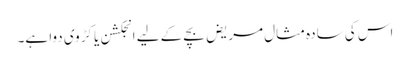
اس کی سادہ مثال مریض بچے کے لیے انجکشن یا کڑوی دوا ہے۔